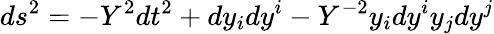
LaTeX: ds^{2}=-Y^{2}dt^{2}+dy_{i}dy^{i}-Y^{-2}y_{i}dy^{i}y_{j}dy^{j}